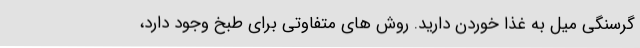
گرسنگی میل به غذا خوردن دارید. روش های متفاوتی برای طبخ وجود دارد،